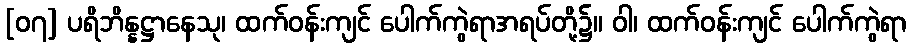
[၀၇] ပရိဘိန္နဋ္ဌာနေသု၊ ထက်ဝန်းကျင် ပေါက်ကွဲရာအရပ်တို့၌။ ဝါ၊ ထက်ဝန်းကျင် ပေါက်ကွဲရာ